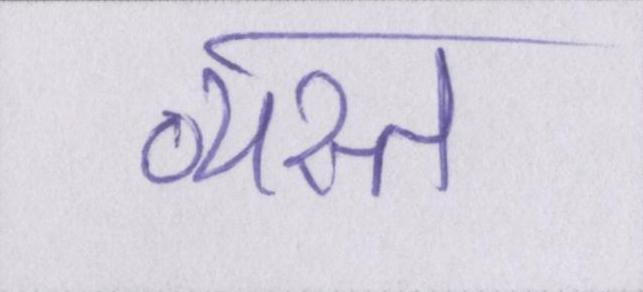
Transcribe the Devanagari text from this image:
व्यस्त